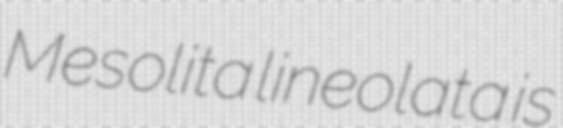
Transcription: Mesolita lineolata is